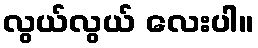
လွယ်လွယ် လေးပါ။